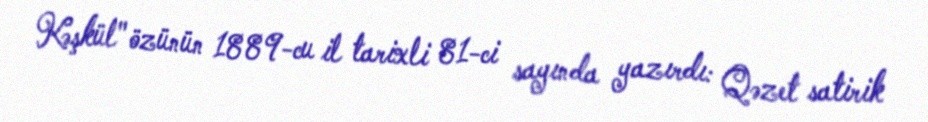
Kəşkül" özünün 1889-cu il tarixli 81-ci sayında yazırdı: Qəzet satirik